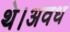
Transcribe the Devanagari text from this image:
थे।अवध